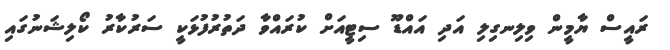
ރައީސް ޔާމީން ވިލިނގިލި އަދި އައްޑޫ ސިޓީއަށް ކުރައްވާ ދަތުރުފުޅަކީ ސަރުކާރު ކޯލިޝަނުގައި